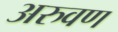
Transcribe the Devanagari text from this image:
अरुवण